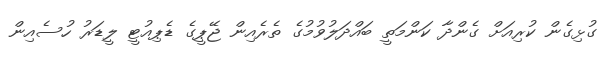
ގުޅިގެން ކުރިއަށް ގެންދާ ކަންމަތީ ބައްދަލުވުމުގެ ތެރެއިން ޖޭޕީގެ ޑެޕިއުޓީ ލީޑަރު ހުސެއިން